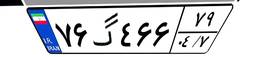
۷۶گ۴۶۶۷۹